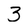
Character: 3